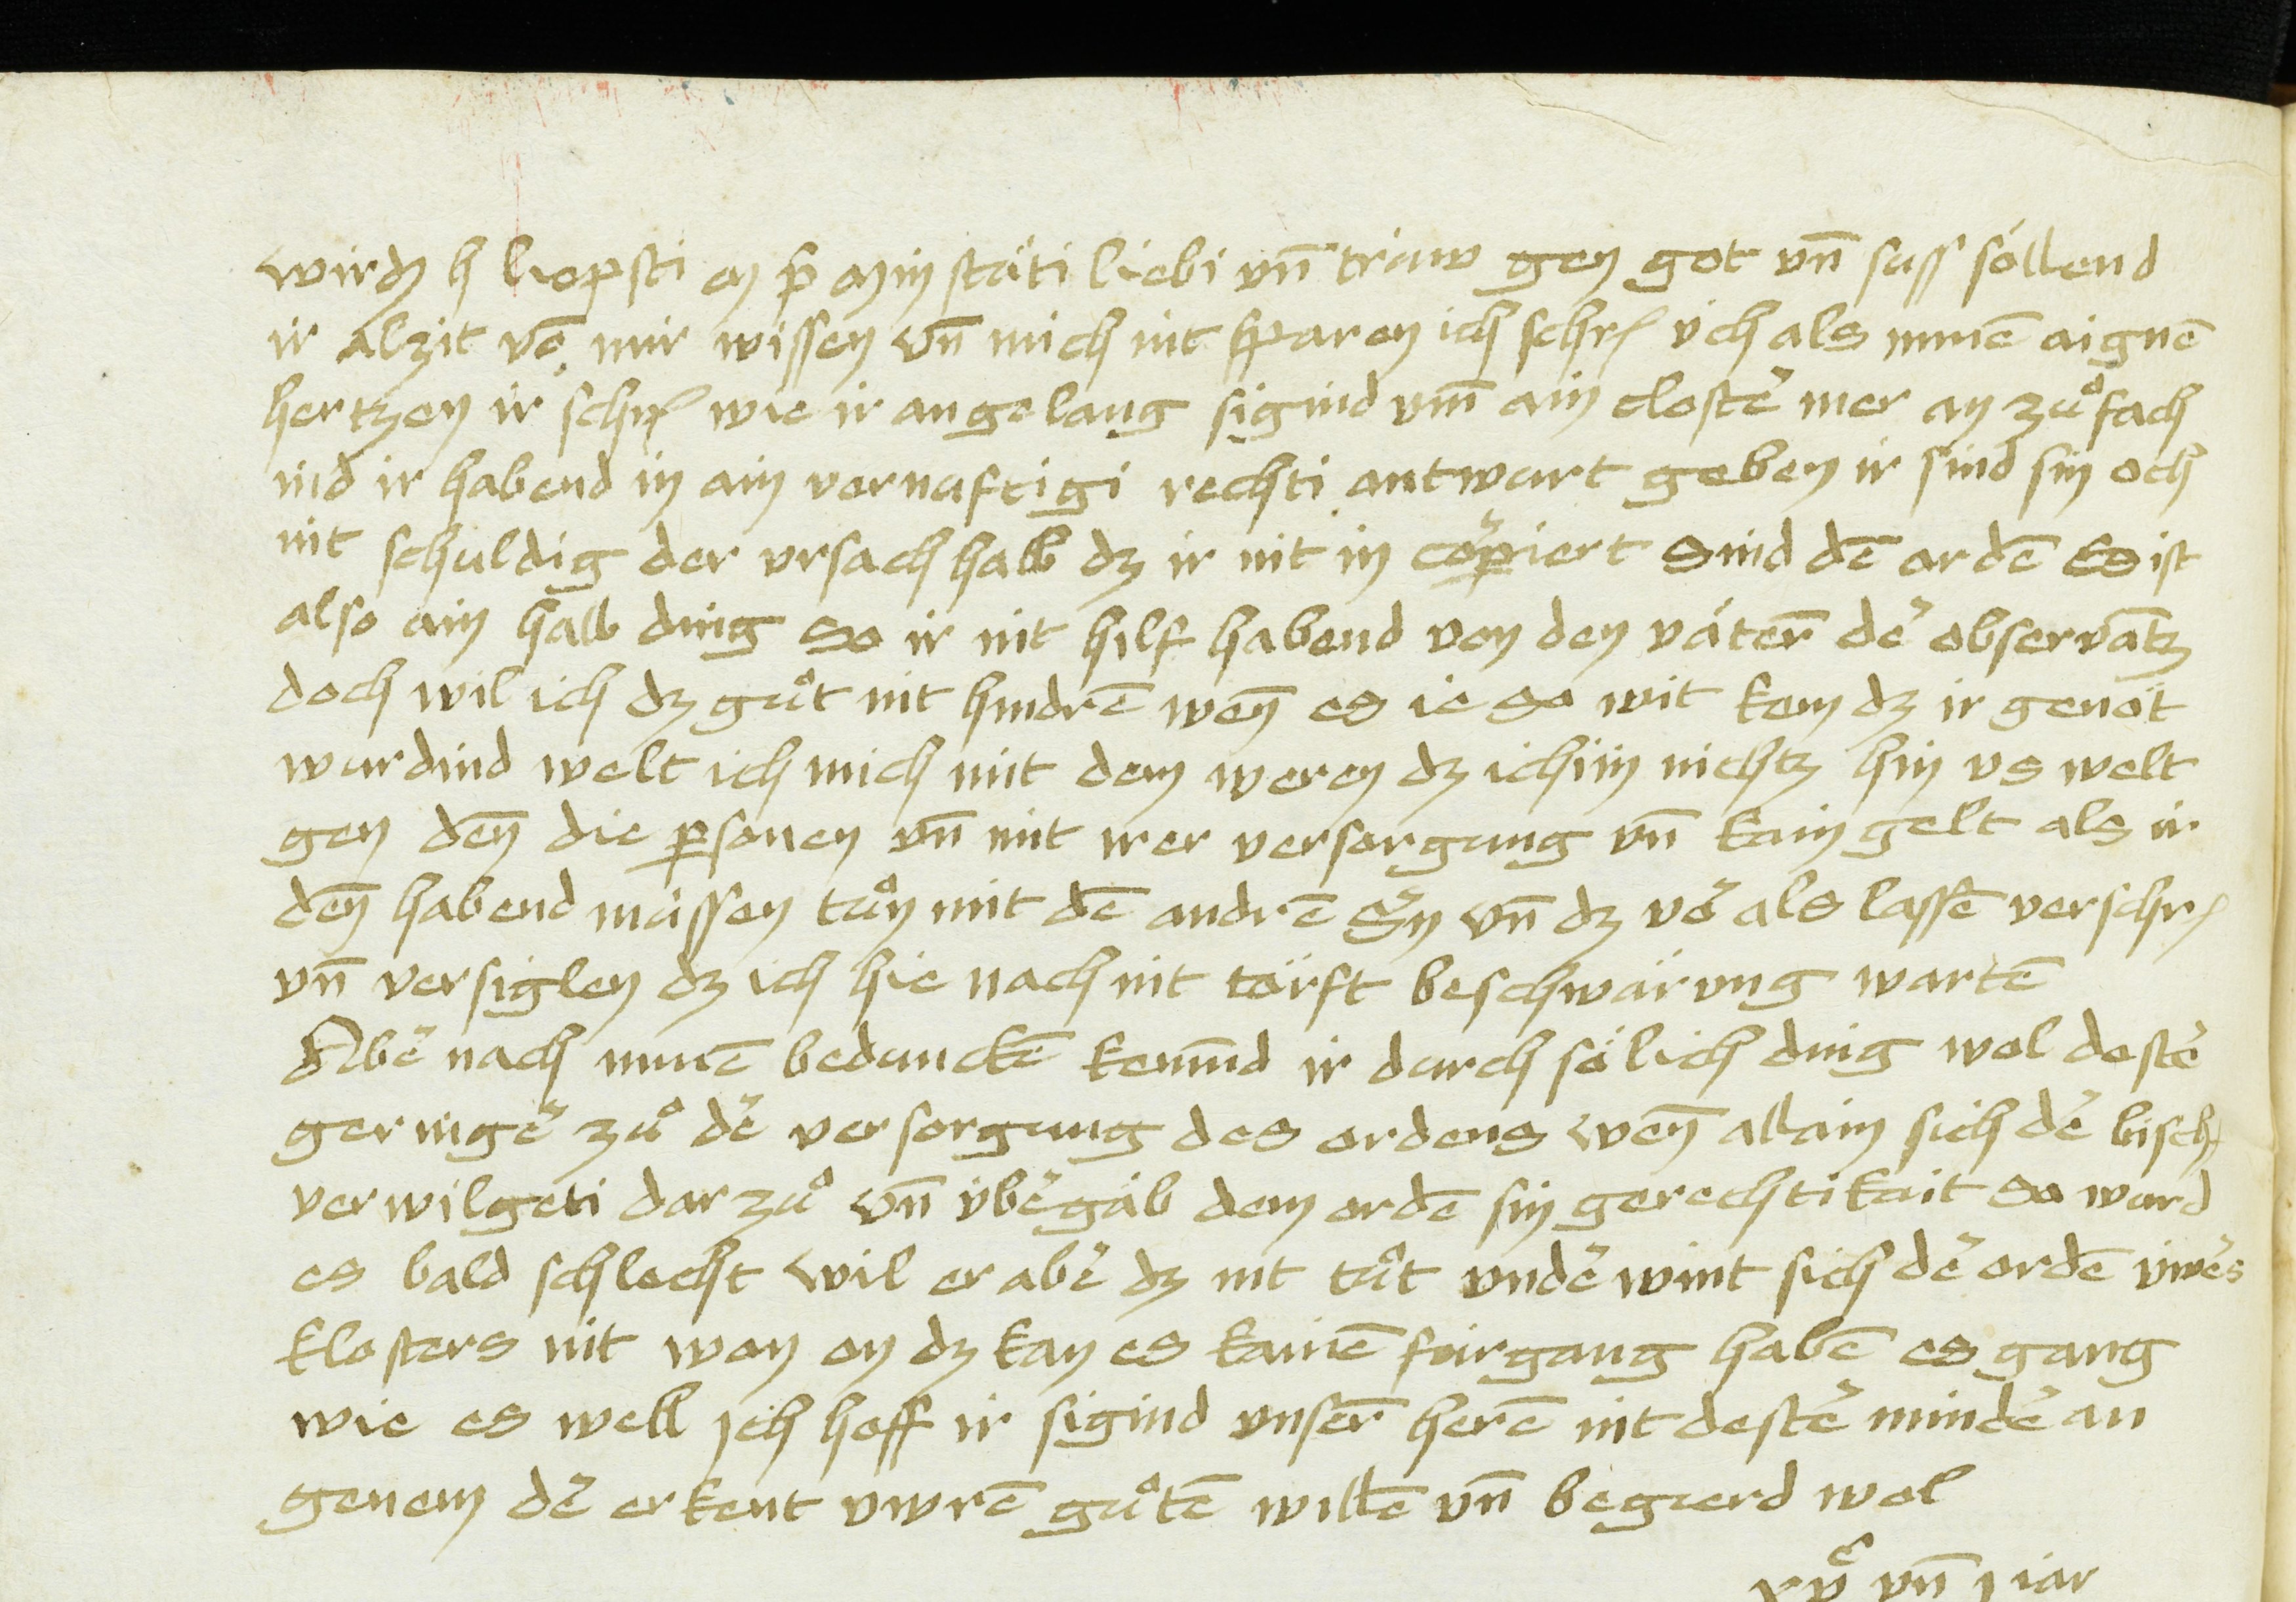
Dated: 1475–1485